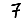
Digit: 7